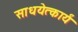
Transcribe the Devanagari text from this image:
साधयेत्कार्यं